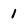
Character: 1